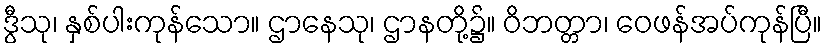
ဒွီသု၊ နှစ်ပါးကုန်သော။ ဌာနေသု၊ ဌာနတို့၌။ ဝိဘတ္တာ၊ ဝေဖန်အပ်ကုန်ပြီ။